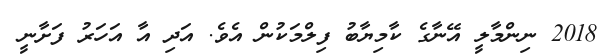
2018 ނިންމާލީ އޭނާގެ ކާމިޔާބު ފިލްމަކުން އެވެ. އަދި އާ އަހަރު ފަށާނީ